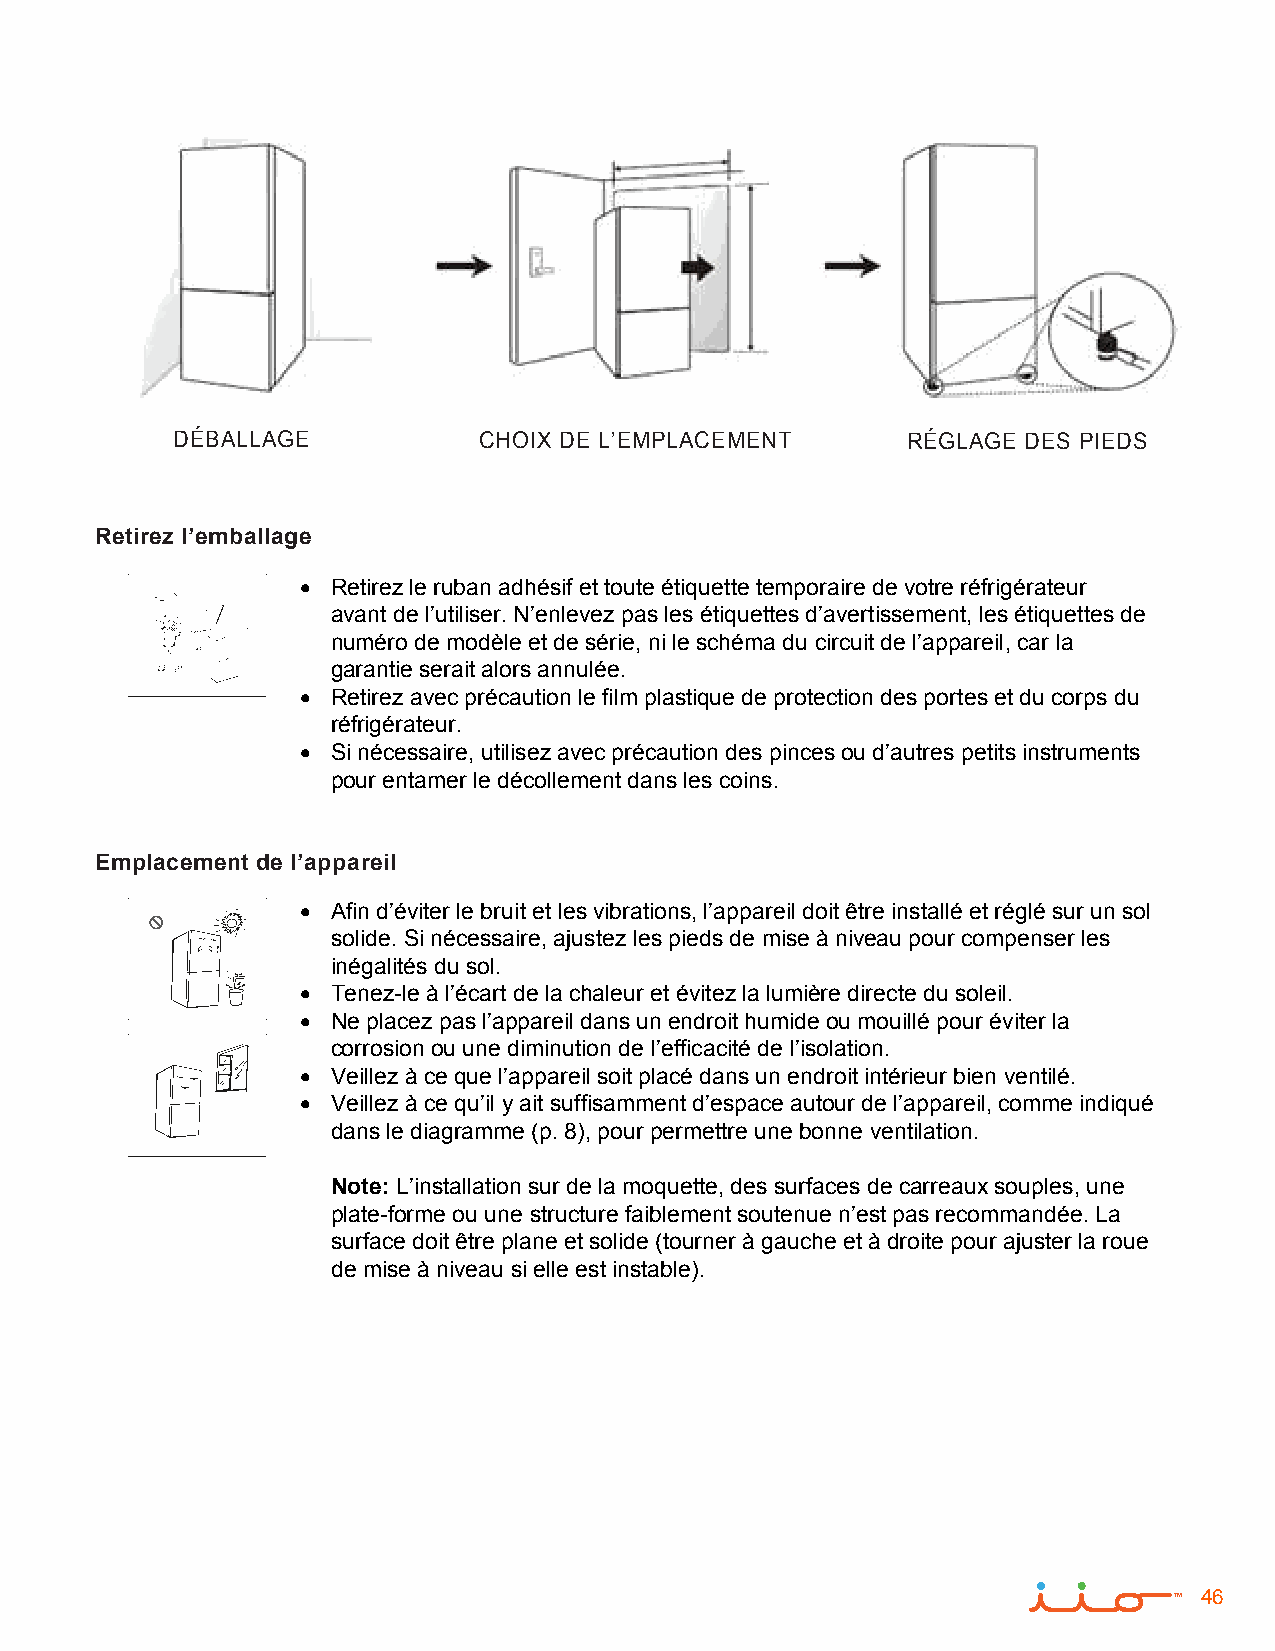
DÉBALLAGE            CHOIX DE L’EMPLACEMENT      RÉGLAGE DES PIEDS
 Retirez l’emballage
 • Retirez le ruban adhésif et toute étiquette temporaire de votre réfrigérateur
 avant de l’utiliser. N’enlevez pas les étiquettes d’avertissement, les étiquettes de
 numéro de modèle et de série, ni le schéma du circuit de l’appareil, car la
 garantie serait alors annulée.
 • Retirez avec précaution le film plastique de protection des portes et du corps du
 réfrigérateur.
 • Si nécessaire, utilisez avec précaution des pinces ou d’autres petits instruments
 pour entamer le décollement dans les coins.
 Emplacement de l’appareil
 • Afin d’éviter le bruit et les vibrations, l’appareil doit être installé et réglé sur un sol
 solide. Si nécessaire, ajustez les pieds de mise à niveau pour compenser les
 inégalités du sol.
 • Tenez-le à l’écart de la chaleur et évitez la lumière directe du soleil.
 • Ne placez pas l’appareil dans un endroit humide ou mouillé pour éviter la
 corrosion ou une diminution de l’efficacité de l’isolation.
 • Veillez à ce que l’appareil soit placé dans un endroit intérieur bien ventilé.
 • Veillez à ce qu’il y ait suffisamment d’espace autour de l’appareil, comme indiqué
 dans le diagramme (p. 8), pour permettre une bonne ventilation.
 Note: L’installation sur de la moquette, des surfaces de carreaux souples, une
 plate-forme ou une structure faiblement soutenue n’est pas recommandée. La
 surface doit être plane et solide (tourner à gauche et à droite pour ajuster la roue
 de mise à niveau si elle est instable).
 46